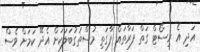
އަދި އެ ރިސޯޓް ގަތް ފަރާތައް ފާގަތި މުސްތަގުބަލަކަށް އެދޭ ކަމަށް ވެސް